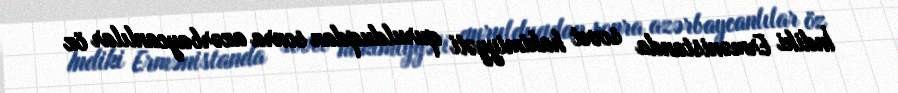
İndiki Ermənistanda sovet hakimiyyəti qurulduqdan sonra azərbaycanlılar öz